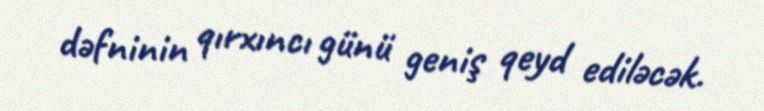
dəfninin qırxıncı günü geniş qeyd ediləcək.